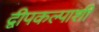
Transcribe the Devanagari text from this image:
द्वीपकल्पाशी